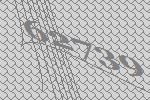
62739